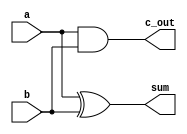
module half_add(input a, 
		input b, 
		output sum, 
		output c_out);

xor (sum, a, b);
and (c_out, a, b);
endmodule

module full_add(input a,
		input b,
		input c_in,
		output c_out,
		output sum);

	wire w1, w2, w3;

half_add h1(a, b, w1, w2);
half_add h2(c_in, w1, sum, w3);
or (c_out, w2, w3);
endmodule